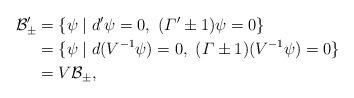
LaTeX: \begin{align*}\mathcal{B}_\pm^\prime& = \{ \psi \mid d^\prime \psi = 0, \ (\varGamma^\prime \pm 1) \psi = 0 \} \\& = \{ \psi \mid d (V^{-1} \psi) = 0, \ (\varGamma \pm 1) (V^{-1} \psi) = 0 \} \\& = V \mathcal{B}_\pm,\end{align*}